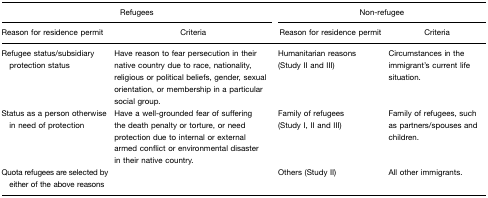
| <COLSPAN=2> Refugees | <COLSPAN=2> Non-refugee |
 | Reason for residence permit | Criteria | Reason for residence permit | Criteria |
 | --- | --- | --- | --- |
 | Refugee status/subsidiary protection status | Have reason to fear persecution in their native country due to race, nationality, religious or political beliefs, gender, sexual orientation, or membership in a particular social group. | Humanitarian reasons (Study II and III) | Circumstances in the immigrant's current life situation. |  |  |
 | Status as a person otherwise in need of protection | Have a well-grounded fear of suffering the death penalty or torture, or need protection due to internal or external armed conflict or environmental disaster in their native country. | Family of refugees (Study I, II and III) | Family of refugees, such as partners/spouses and children. |  |  |
 | Quota refugees are selected by either of the above reasons |  | Others (Study II) | All other immigrants. |  |  |